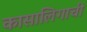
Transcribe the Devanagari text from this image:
कासालिगाची